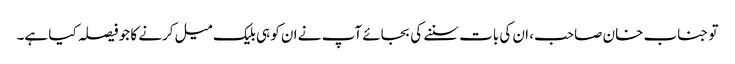
تو جناب خان صاحب، ان کی بات سننے کی بجائے آپ نے ان کو ہی بلیک میل کرنے کا جو فیصلہ کیا ہے۔